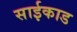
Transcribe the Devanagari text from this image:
साईकाड